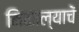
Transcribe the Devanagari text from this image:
मिळाल्याचें